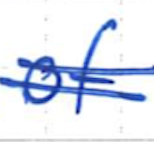
Text: of
Cross-out: double-line
Writing tool: ballpoint